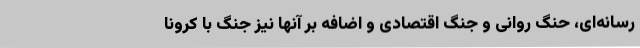
رسانه‌ای، حنگ روانی و جنگ اقتصادی و اضافه بر آنها نیز جنگ با کرونا